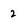
Character: 2